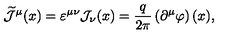
\widetilde { { \mathcal J } } ^ { \mu } ( x ) = \varepsilon ^ { \mu \nu } { \mathcal J } _ { \nu } ( x ) = \frac { q } { 2 \pi } \left( \partial ^ { \mu } \varphi \right) ( x ) ,